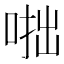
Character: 𠶯